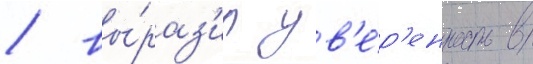
/ вы́раз'ил ув'е́р'енность в